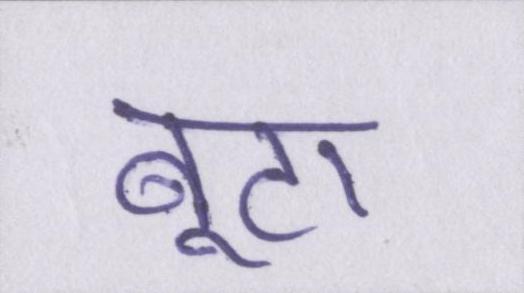
बूटा